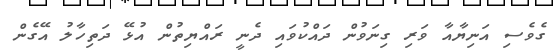
ގެވެސި އަނިޔާއާ ވަރި ގިނަވުން ދައްކުވައި ދެނީ ރައްޔިތުން އުޅޭ ދަތިހާލު އޭގެން